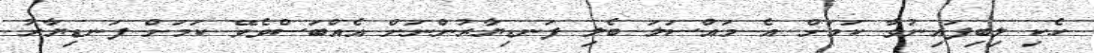
ހެކި ލިބިފައިނުވާ ކަމަށް އެ މައްސަލަ ބެލި ފަނޑިޔާރުންނަށް އެއްބަސްވެވޭ ކަމަށް ފަނޑިޔާރު